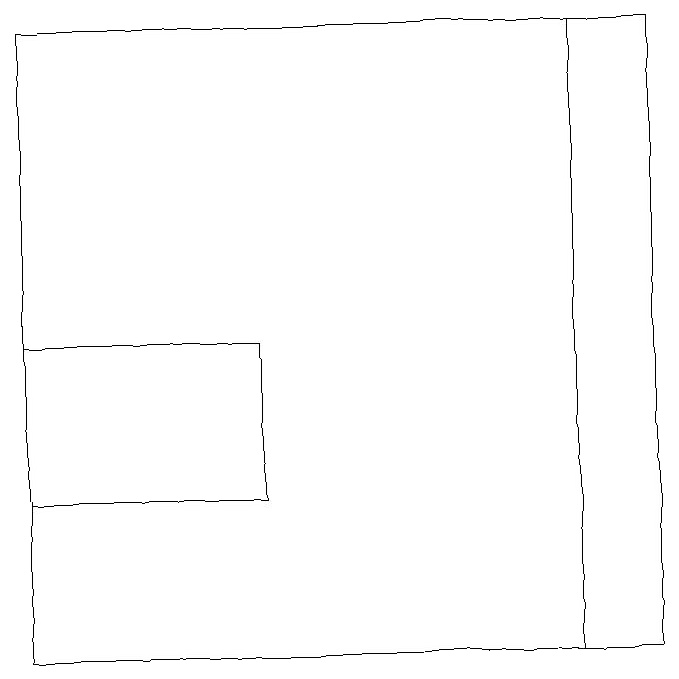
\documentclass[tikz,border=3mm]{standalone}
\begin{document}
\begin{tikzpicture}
\draw (4,13) rectangle (1,15);
\draw (9,11) rectangle (1,19);
\draw (8,19) rectangle (9,11);
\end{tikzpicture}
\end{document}